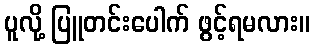
ပူလို့ ပြူတင်းပေါက် ဖွင့်ရမလား။